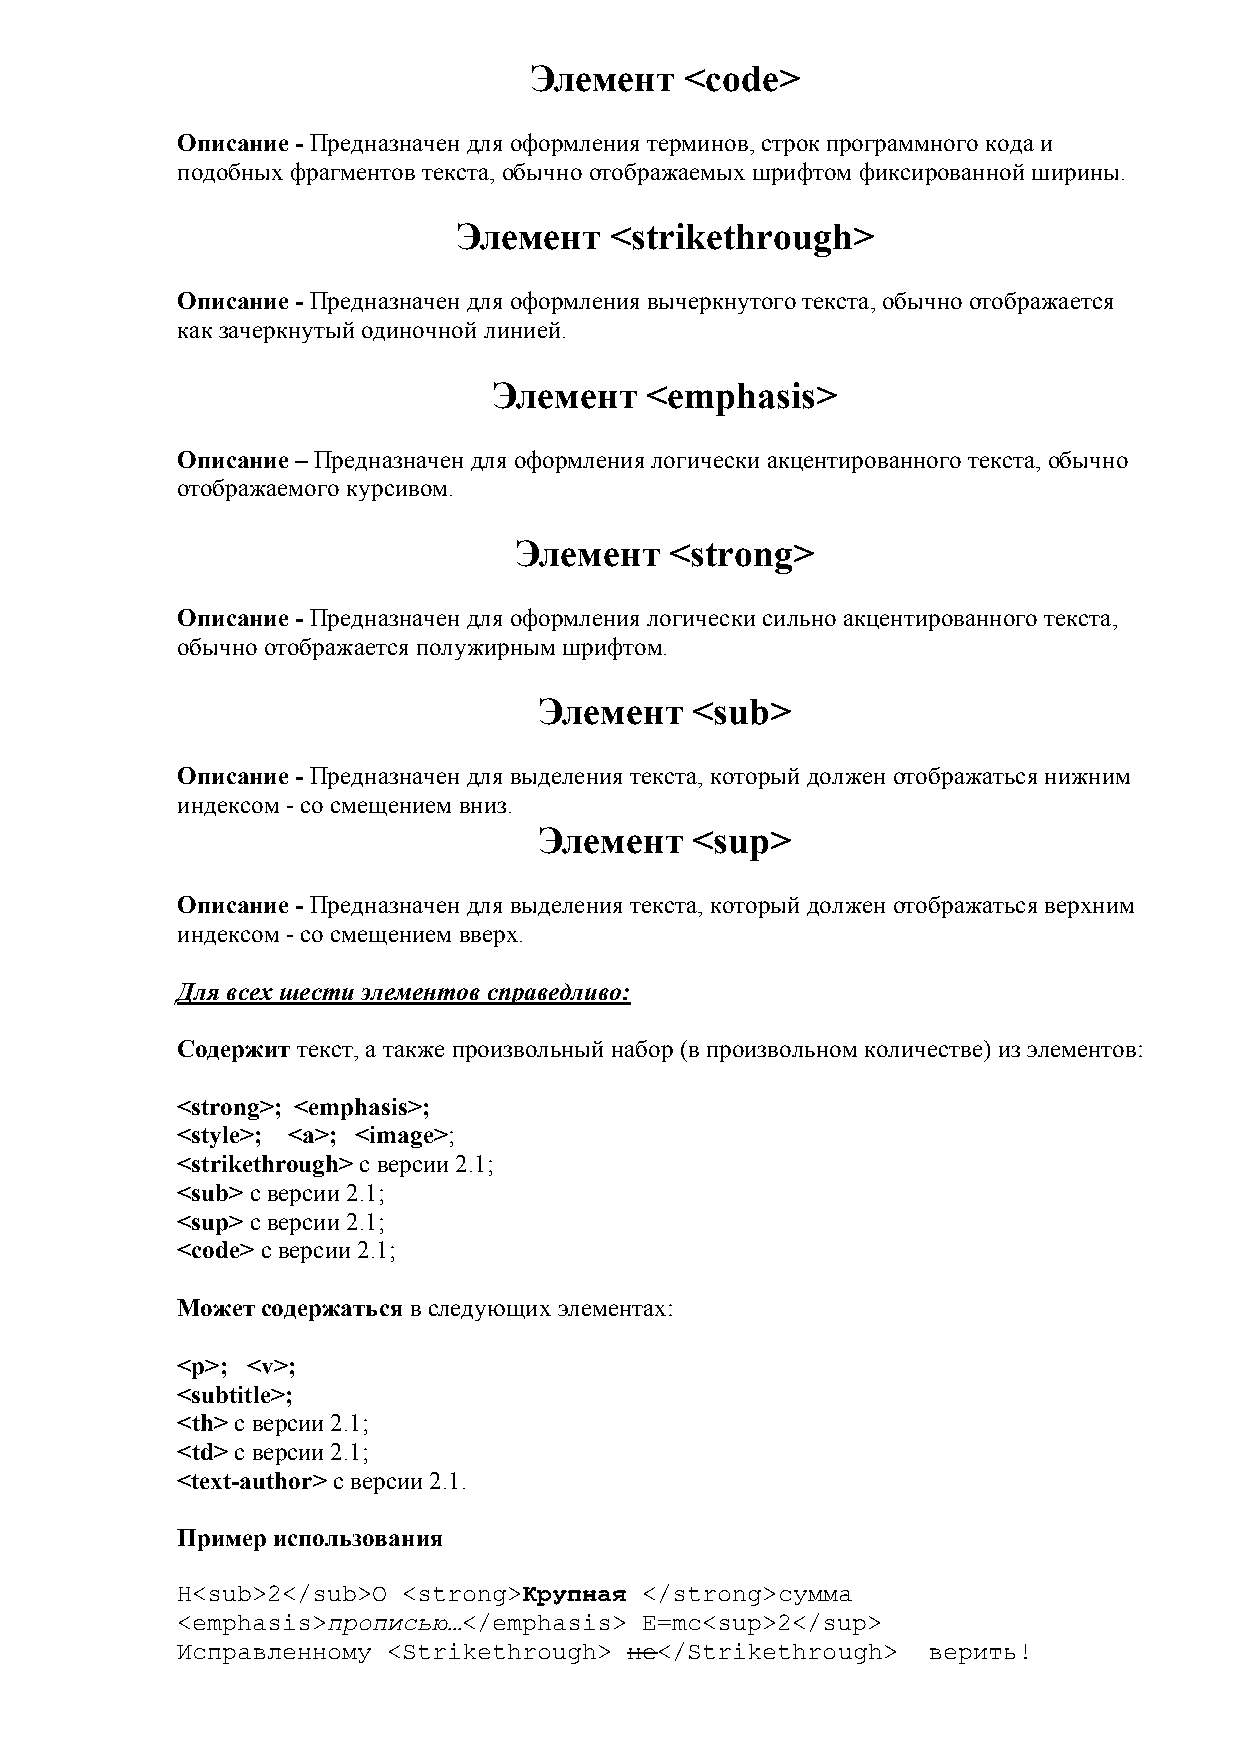
Элемент   <code>
 Описание - Предназначен для оформления терминов, строк программного кода и
 подобных фрагментов текста, обычно отображаемых шрифтом фиксированной ширины.
 Элемент   <strikethrough>
 Описание - Предназначен для оформления вычеркнутого текста, обычно отображается
 как зачеркнутый одиночной линией.
 Элемент   <emphasis>
 Описание – Предназначен для оформления логически акцентированного текста, обычно
 отображаемого курсивом.
 Элемент   <strong>
 Описание - Предназначен для оформления логически сильно акцентированного текста,
 обычно отображается полужирным шрифтом.
 Элемент   <sub>
 Описание - Предназначен для выделения текста, который должен отображаться нижним
 индексом - со смещением вниз.
 Элемент   <sup>
 Описание - Предназначен для выделения текста, который должен отображаться верхним
 индексом - со смещением вверх.
 Для всех шести элементов справедливо:
 Содержит текст, а также произвольный набор (в произвольном количестве) из элементов:
 <strong>; <emphasis>;
 <style>; <a>; ;
 <strikethrough> с версии 2.1;
 <sub> с версии 2.1;
 <sup> с версии 2.1;
 <code> с версии 2.1;
 Может содержаться в следующих элементах:
 <p>; <v>;
 <subtitle>;
 <th> с версии 2.1;
 <td> с версии 2.1;
 <text-author> с версии 2.1.
 Пример использования
 H<sub>2</sub>O <strong>Крупная </strong>сумма
 <emphasis>прописью…</emphasis> E=mc<sup>2</sup>
 Исправленному <Strikethrough> не</Strikethrough> верить!